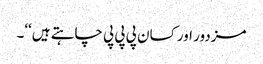
مزدور اور کسان پی پی پی چاہتے ہیں‘‘۔